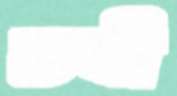
ভবী